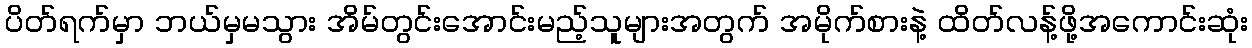
ပိတ်ရက်မှာ ဘယ်မှမသွား အိမ်တွင်းအောင်းမည့်သူများအတွက် အမိုက်စားနဲ့ ထိတ်လန့်ဖို့အကောင်းဆုံး